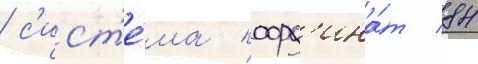
/ с'ист'е́ма коорд'ина́т 84